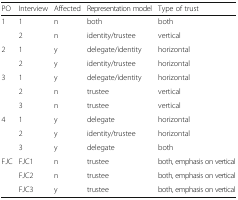
<table><thead><tr><td><b>PO</b></td><td><b>Interview</b></td><td><b>Affected</b></td><td><b>Representation model</b></td><td><b>Type of trust</b></td></tr></thead><tbody><tr><td rowspan="2">1</td><td>1</td><td>n</td><td>both</td><td>both</td></tr><tr><td>2</td><td>n</td><td>identity/trustee</td><td>vertical</td></tr><tr><td rowspan="2">2</td><td>1</td><td>y</td><td>delegate/identity</td><td>horizontal</td></tr><tr><td>2</td><td>y</td><td>identity/trustee</td><td>horizontal</td></tr><tr><td rowspan="3">3</td><td>1</td><td>y</td><td>delegate/identity</td><td>horizontal</td></tr><tr><td>2</td><td>n</td><td>trustee</td><td>vertical</td></tr><tr><td>3</td><td>n</td><td>trustee</td><td>vertical</td></tr><tr><td rowspan="3">4</td><td>1</td><td>y</td><td>delegate</td><td>horizontal</td></tr><tr><td>2</td><td>y</td><td>identity/trustee</td><td>horizontal</td></tr><tr><td>3</td><td>y</td><td>delegate</td><td>both</td></tr><tr><td rowspan="3">FJC</td><td>FJC1</td><td>n</td><td>trustee</td><td>both, emphasis on vertical</td></tr><tr><td>FJC2</td><td>n</td><td>trustee</td><td>both, emphasis on vertical</td></tr><tr><td>FJC3</td><td>y</td><td>trustee</td><td>both, emphasis on vertical</td></tr></tbody></table>